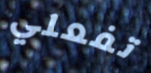
تفعلي